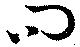
問